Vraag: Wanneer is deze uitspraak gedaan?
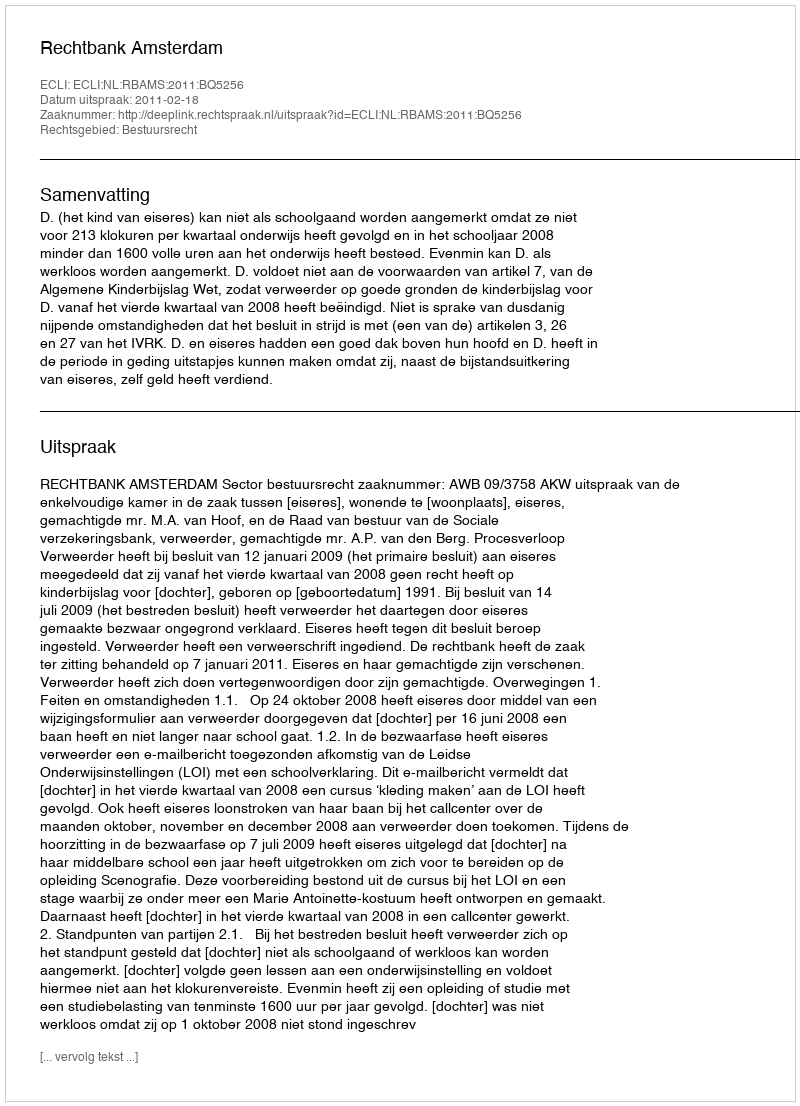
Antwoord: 2011-02-18